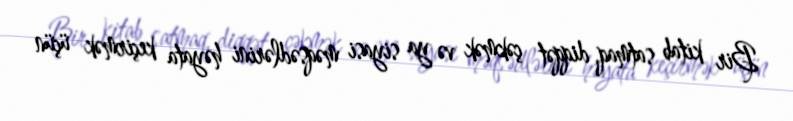
Bir kitab satmaq, diqqət çəkmək və ya siyasi məqsədlərini həyata keçirmək üçün